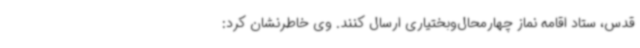
قدس، ستاد اقامه نماز چهارمحال‌وبختیاری ارسال کنند. وی خاطرنشان کرد: